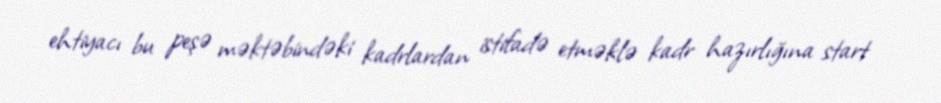
ehtiyacı bu peşə məktəbindəki kadrlardan istifadə etməklə kadr hazırlığına start